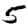
Digit: 5